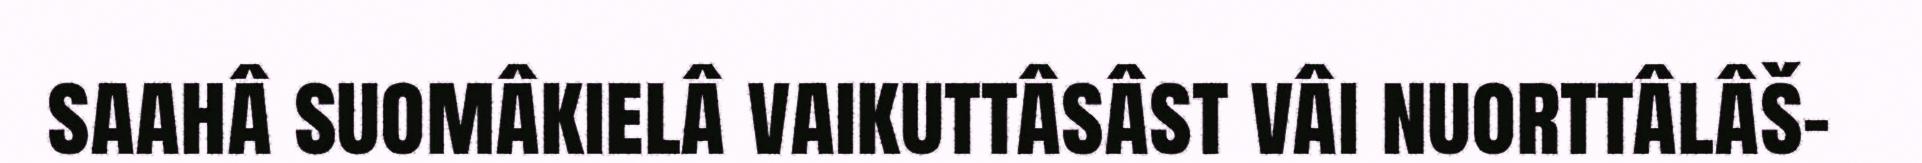
saahâ suomâkielâ vaikuttâsâst vâi nuorttâlâš-